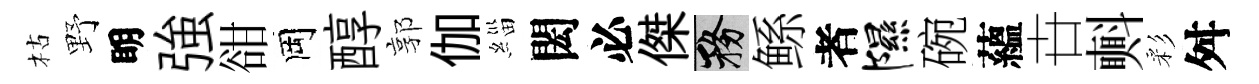
枯野眀強𧮳岡醇郭伽緇閎必傑務鲧者隰碗蘊卋㪺彩舛